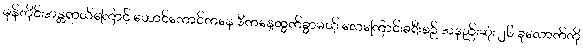
မုန်တိုင်းအန္တရာယ်ကြောင့် ဟောင်ကောင်ကနေ ဒီကနေ့ထွက်ခွာမယ့် လေကြောင်းခရီးစဉ် အနည်းဆုံး ၂၆ ခုလောက်ကို